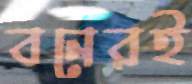
বনেরই